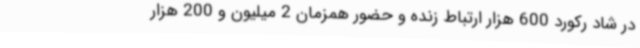
در شاد رکورد 600 هزار ارتباط زنده و حضور همزمان 2 میلیون و 200 هزار